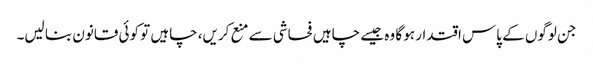
جن لوگوں کے پاس اقتدار ہو گا وہ جیسے چاہیں فحاشی سے منع کریں، چاہیں تو کوئی قانون بنا لیں۔